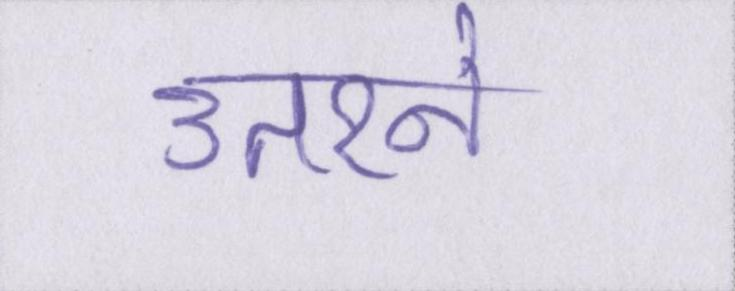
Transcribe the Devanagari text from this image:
उतरने